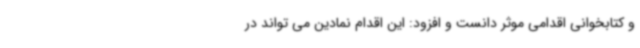
و کتابخوانی اقدامی موثر دانست و افزود: این اقدام نمادین می تواند در